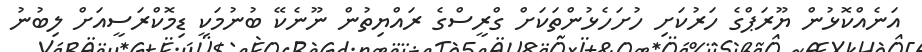
އަނެއްކޮޅުން ޔޫރަޕްގެ ހަރުކަށި ހުށަހެޅުންތަކަށް ގްރީސްގެ ރައްޔިތުން ނޫނެކޭ ބުނުމަކީ ޑިމޮކްރަސީއަށް ލިބުނު